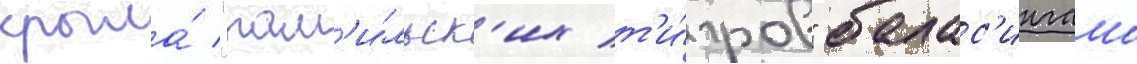
крыла́ "там'и́льск'их т'и́гров" балас'ингама